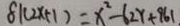
8 1 ( 2 x + 1 ) = x ^ { 2 } - 6 2 y + 9 6 1 .